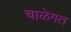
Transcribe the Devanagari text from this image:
चाळेगत